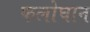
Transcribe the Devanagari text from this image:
फलोघान